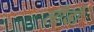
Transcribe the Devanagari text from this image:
लीडो